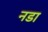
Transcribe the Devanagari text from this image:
नडा